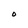
Character: O